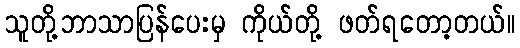
သူတို့ဘာသာပြန်ပေးမှ ကိုယ်တို့ ဖတ်ရတော့တယ်။